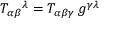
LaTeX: T _ { \alpha \beta } { } ^ { \lambda } = T _ { \alpha \beta \gamma } \, g ^ { \gamma \lambda }